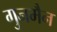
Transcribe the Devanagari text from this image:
गुनमैन